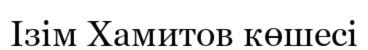
Ізім Хамитов көшесі